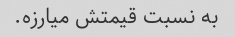
به نسبت قیمتش میارزه.